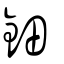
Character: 䥖